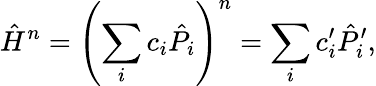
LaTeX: \hat{H}^{n}=\left(\sum_{i}c_{i}\hat{P}_{i}\right)^{n}=\sum_{i}c_{i}^{\prime}\hat{P}_{i}^{\prime},